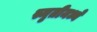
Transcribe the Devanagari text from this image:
स्मृतीमध्ये